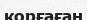
корғаған